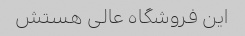
این فروشگاه عالی هستش